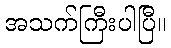
အသက်ကြီးပါပြီ။